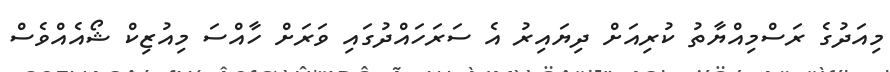
މިއަދުގެ ރަސްމިއްޔާތު ކުރިއަށް ދިޔައިރު އެ ސަރަހައްދުގައި ވަރަށް ހާއްސަ މިއުޒިކް ޝޯއެއްވެސް